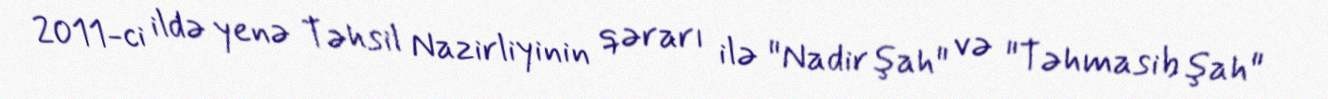
2011-ci ildə yenə Təhsil Nazirliyinin qərarı ilə "Nadir şah" və "Təhmasib şah"